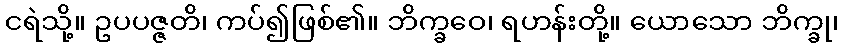
ငရဲသို့။ ဥပပဇ္ဇတိ၊ ကပ်၍ဖြစ်၏။ ဘိက္ခဝေ၊ ရဟန်းတို့။ ယောသော ဘိက္ခု၊